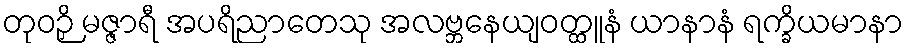
တုဝဉှိ မဇ္ဇာရီ အပရိညာတေသု အလဗ္ဘနေယျဝတ္ထူနံ ယာနာနံ ရက္ခိယမာနာ